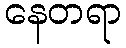
နေတရာ